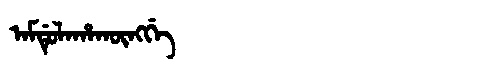
Manchu: ᠠᠮᡩᡠᠯᠠᡥᠠᡴᡡᠩᡤᡝ
Romanization: AMDULAHAKŪNGGE